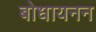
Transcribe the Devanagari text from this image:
बोधायनन